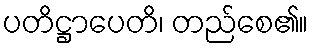
ပတိဋ္ဌာပေတိ၊ တည်စေ၏။